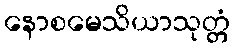
နောစမေသိယာသုတ္တံ